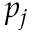
p _ { j }